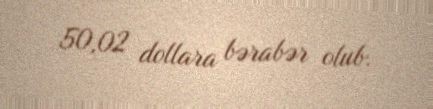
50,02 dollara bərabər olub.